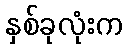
နှစ်ခုလုံးက